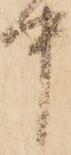
中